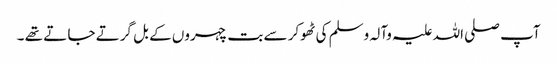
آپ صلی اللہ علیہ وآلہ وسلم کی ٹھوکر سے بت چہروں کے بل گرتے جا تے تھے ۔